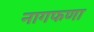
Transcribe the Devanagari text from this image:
नागफणा